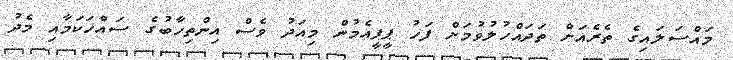
މައްސަލައިގެ ތެރެއަށް ތަދައްހުލުވުމަށް ފަހު ޕީޕީއެމުން މިއަދު ވެސް އިންތިހާބުގެ ސައްހަކަމާއި މެދު